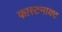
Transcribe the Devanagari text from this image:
फास्टनाक्ट